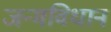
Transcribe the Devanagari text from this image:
जन्मविधान